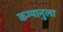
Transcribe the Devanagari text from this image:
कम्पानुला